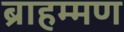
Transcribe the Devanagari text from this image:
ब्राहम्मण